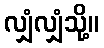
လျှံလျှံသို့။